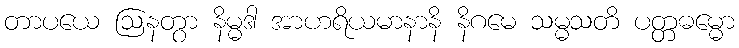
တာပယေ ဩနတွာ နိမ္မဒါ အာဟရိယမာနာနိ နိဂမေ သမ္မသတိ ပတ္တဓမ္မော